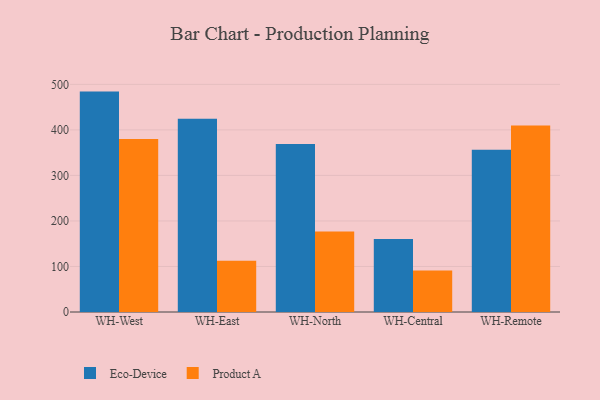
{"axis": {"x": "Warehouse", "y": "Customer Acquisition Cost (USD)"}, "legend": ["Eco-Device", "Product A"], "data": [{"x": "WH-West", "y": 484.1, "type": "Eco-Device"}, {"x": "WH-West", "y": 380.2, "type": "Product A"}, {"x": "WH-East", "y": 424.7, "type": "Eco-Device"}, {"x": "WH-East", "y": 112.8, "type": "Product A"}, {"x": "WH-North", "y": 369.2, "type": "Eco-Device"}, {"x": "WH-North", "y": 176.6, "type": "Product A"}, {"x": "WH-Central", "y": 160.5, "type": "Eco-Device"}, {"x": "WH-Central", "y": 91.3, "type": "Product A"}, {"x": "WH-Remote", "y": 356.5, "type": "Eco-Device"}, {"x": "WH-Remote", "y": 409.6, "type": "Product A"}]}